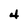
Character: 4